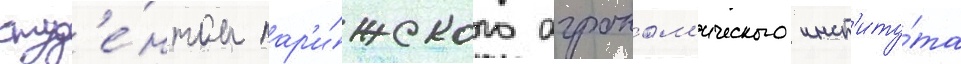
студ'е́нтом пар'и́жского агроном'ического инст'иту́та